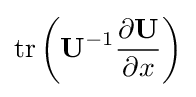
\operatorname {tr} \left(\mathbf {U} ^{-1}{\frac {\partial \mathbf {U} }{\partial x}}\right)